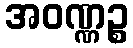
အဝဏ္ဏဉ္စ